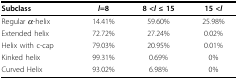
<table><thead><tr><td><b>Subclass</b></td><td><b><i>l</i>=8</b></td><td><b>8 &lt;<i>l</i> ≤ 15</b></td><td><b>15 &lt;<i>l</i></b></td></tr></thead><tbody><tr><td>Regular <i>α</i>-helix</td><td>14.41%</td><td>59.60%</td><td>25.98%</td></tr><tr><td>Extended helix</td><td>72.72%</td><td>27.24%</td><td>0.02%</td></tr><tr><td>Helix with c-cap</td><td>79.03%</td><td>20.95%</td><td>0.01%</td></tr><tr><td>Kinked helix</td><td>99.31%</td><td>0.69%</td><td>0%</td></tr><tr><td>Curved Helix</td><td>93.02%</td><td>6.98%</td><td>0%</td></tr></tbody></table>